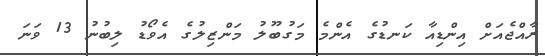
ރާއްޖެއަށް އިންޑިއާ ކަނޑުގެ އެންމެ މަގުބޫލު މަންޒިލުގެ އެވޯޑު ލިބުނު 13 ވަނަ